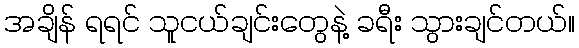
အချိန် ရရင် သူငယ်ချင်းတွေနဲ့ ခရီး သွားချင်တယ်။